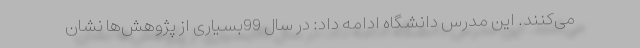
می‌کنند. این مدرس دانشگاه ادامه داد: در سال 99بسیاری از پژوهش‌ها نشان